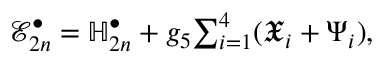
\mathcal { E } _ { 2 n } ^ { \bullet } = \mathbb { H } _ { 2 n } ^ { \bullet } + g _ { 5 } \textstyle { \sum _ { i = 1 } ^ { 4 } } ( \mathfrak { X } _ { i } + \Psi _ { i } ) ,